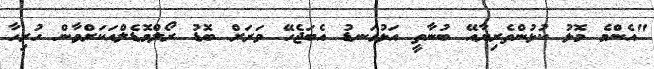
"އެންމެ މޮޅު ކުޅުންތެރިޔާއޭ ބުނާތީ އަޅުގަނޑު އެބަޖެހޭ ވަރަށް ބޮޑު ރޯލްމޮޑެލްއަކަށްވާން ހުރިހާ